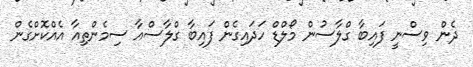
ދެން ވިސްނީ ފައިބާ ގްލާސުން މޯލްޑް ހަދައިގެން ފައިބާ ގްލާސްއާ ސިމެންތިއާ އެއްކޮށްގެން